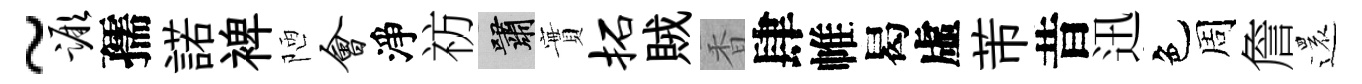
~蹶孺諾裨陋会淨祊嘯實拓賊香肆帷曷虛芾昔迅色周詹還